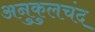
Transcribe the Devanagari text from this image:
अनुकुलचंद